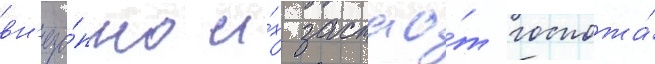
вн'еза́пно и́х застао́т госпожа́